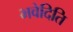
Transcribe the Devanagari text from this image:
भवेदिति